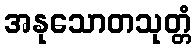
အနုသောတသုတ္တံ